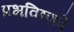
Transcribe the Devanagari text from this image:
प्रभविष्णवे